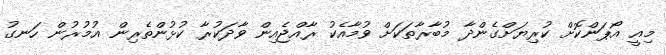
މިއީ އޯޕަންކޮށް ކުރިޔަށްގެންދާ މުބާރާތަކަށް ވުމާއެކު ރާއްޖެއިން ވާދަކުރާ ކުޅުންތެރިން އުމުރުން ހަނގު